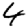
Digit: 4